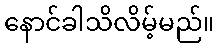
နောင်ခါသိလိမ့်မည်။